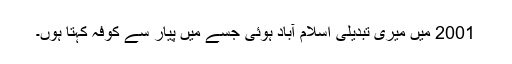
2001 میں میری تبدیلی اسلام آباد ہوئی جسے میں پیار سے کوفہ کہتا ہوں۔